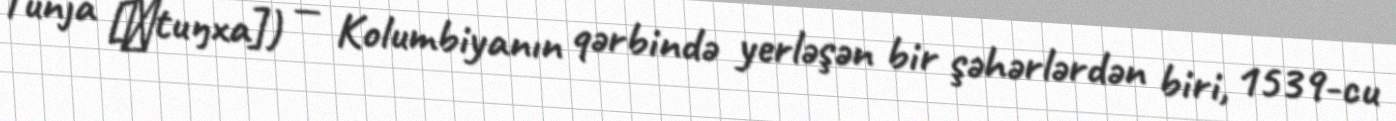
Tunja [ˈtuŋxa]) — Kolumbiyanın qərbində yerləşən bir şəhərlərdən biri, 1539-cu